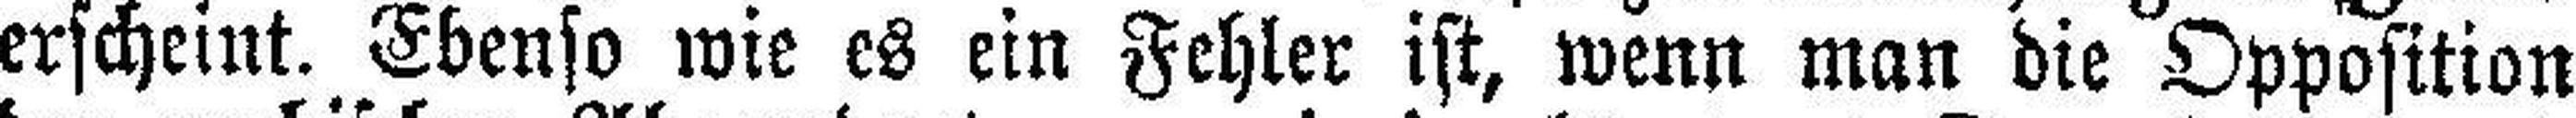
erscheint. Ebenso wie es ein Fehler ist, wenn man die Opposition